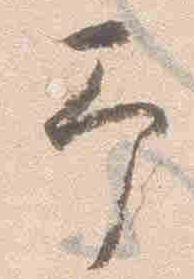
予